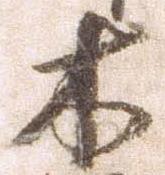
木